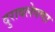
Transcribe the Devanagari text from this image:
दुरावलेपणा